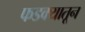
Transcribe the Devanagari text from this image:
फडक्यातून